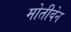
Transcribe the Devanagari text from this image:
मोतीबेन